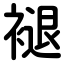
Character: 褪